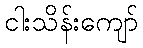
ငါးသိန်းကျော်